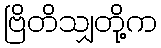
ဗြိတိသျှတို့က